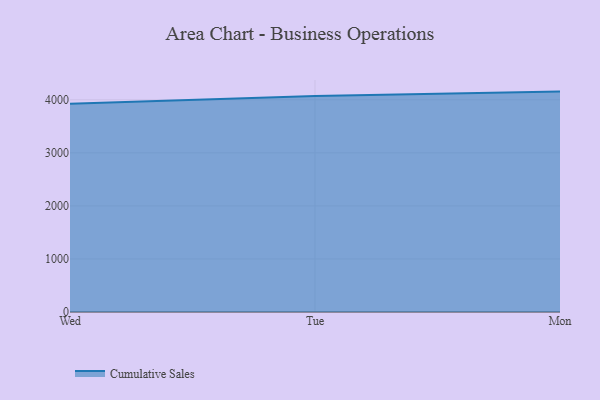
{"axis": {"x": "Day", "y": "Production Output"}, "legend": ["Cumulative Sales"], "data": [{"x": "Wed", "y": 3924.3, "type": "Cumulative Sales"}, {"x": "Tue", "y": 4070.9, "type": "Cumulative Sales"}, {"x": "Mon", "y": 4154.4, "type": "Cumulative Sales"}]}